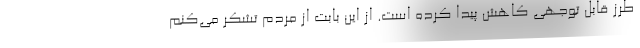
طرز قابل توجهی کاهش پیدا کرده است. از این بابت از مردم تشکر می‌کنم